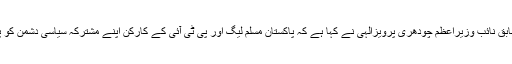
جمعرات 14 جون 2018 ء):مسلم لیگ کے سینئرمرکزی رہنما و سابق نائب وزیراعظم چودھری پرویزالٰہی نے کہا ہے کہ پاکستان مسلم لیگ اور پی ٹی آئی کے کارکن اپنے مشترکہ سیاسی دشمن کو پہچانیں اس کی سازشوں پر نظر رکھیں اور اس کی چالوں سے بچیں۔